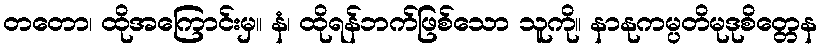
တတော၊ ထိုအကြောင်းမှ။ နံ၊ ထိုရန်ဘက်ဖြစ်သော သူကို။ နာနုကမ္ပတိမုဒုစိတ္တေန